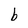
Character: b